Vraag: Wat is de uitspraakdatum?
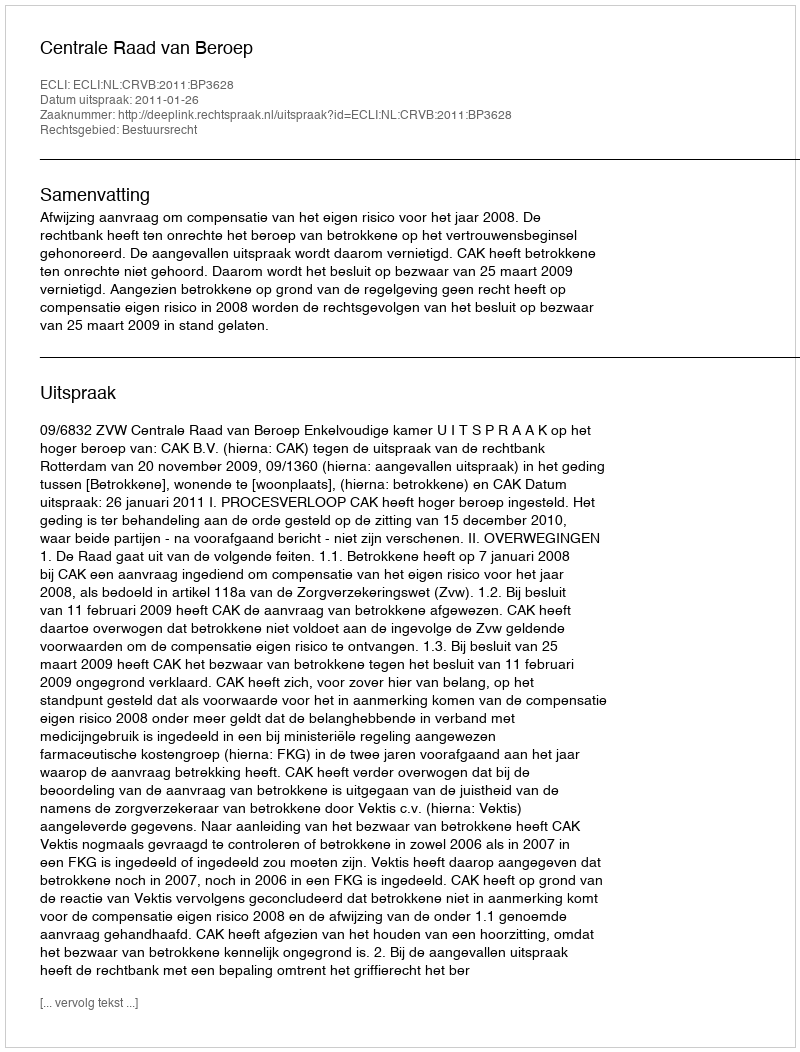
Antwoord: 2011-01-26